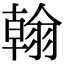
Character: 翰